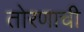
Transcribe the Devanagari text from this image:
तोरणाची